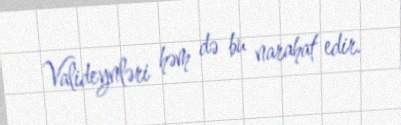
Valideynləri həm də bu narahat edir.